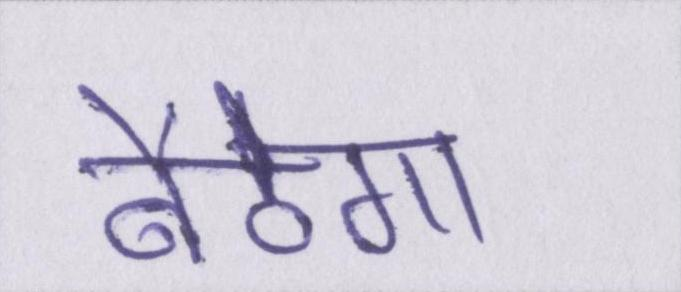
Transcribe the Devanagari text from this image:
बैठेगा